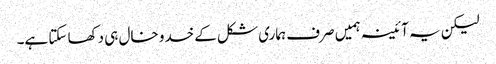
لیکن یہ آئینہ ہمیں صرف ہماری شکل کے خدو خال ہی دکھا سکتا ہے۔